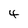
Character: 4